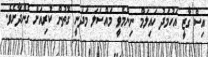
އިސް ގާޒީ އަހުމަދު ހައިލަމް ނިންމެވީ މައްސަލަ މަދަނީ ގޮތުން ކުރިއަށް ގެންދާށެވެ.